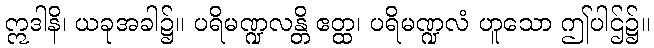
ဣဒါနိ၊ ယခုအခါ၌။ ပရိမဏ္ဍလန္တိ ဧတ္ထ၊ ပရိမဏ္ဍလံ ဟူသော ဤပါဌ်၌။